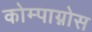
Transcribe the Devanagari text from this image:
कोम्पाग्नोस